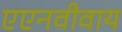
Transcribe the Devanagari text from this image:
एएनवीवाय